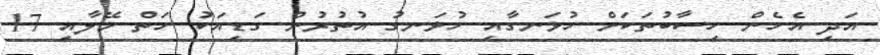
އަދި އެހެން ހިސާބުތަކަށް ހުޅަނގާއި ހުޅަނގު އުތުރުން ގަޑިއަކު ހަތް މޭލާއި 17